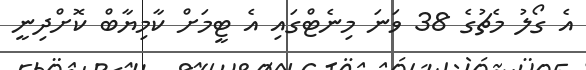
އެ ގޯލު މެޗުގެ 38 ވަނަ މިނެޓްގައި އެ ޓީމަށް ކާމިޔާބް ކޮށްދިނީ